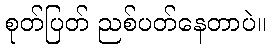
စုတ်ပြတ် ညစ်ပတ်နေတာပဲ။